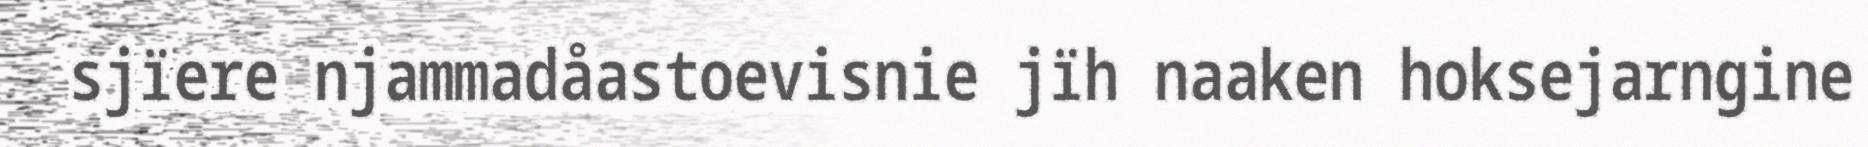
sjïere njammadåastoevisnie jïh naaken hoksejarngine